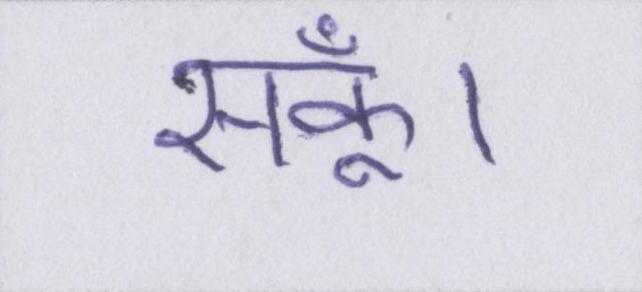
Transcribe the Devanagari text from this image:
सकूँ।